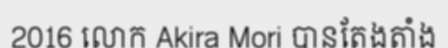
2016 លោក Akira Mori បានតែងតាំង